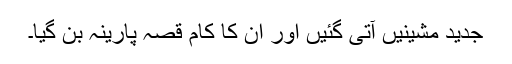
جدید مشینیں آتی گئیں اور ان کا کام قصہ پارینہ بن گیا۔